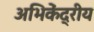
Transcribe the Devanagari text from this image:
अभिकेंद्रीय